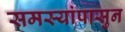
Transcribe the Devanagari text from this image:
समस्यांपासुन